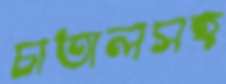
চাতালসহ